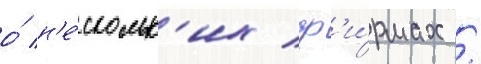
о́ н'е́скольк'их ф'и́рмах /